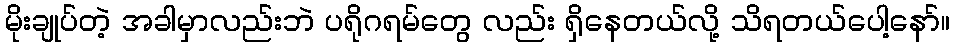
မိုးချုပ်တဲ့ အခါမှာလည်းဘဲ ပရိုဂရမ်တွေ လည်း ရှိနေတယ်လို့ သိရတယ်ပေါ့နော်။